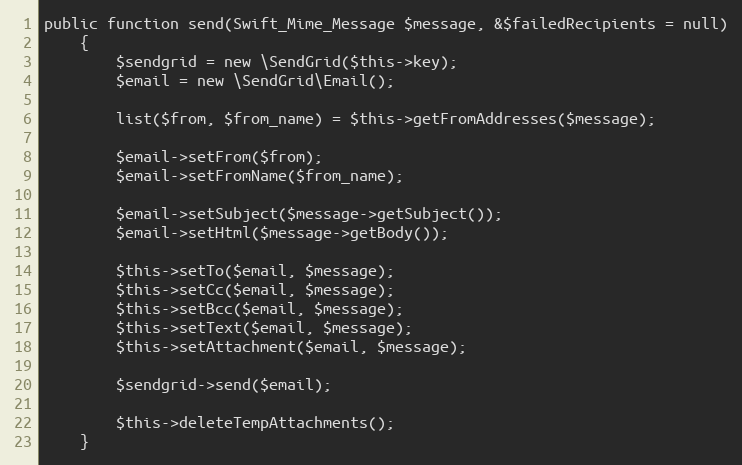
Language: PHP
public function send(Swift_Mime_Message $message, &$failedRecipients = null)
	{
		$sendgrid = new \SendGrid($this->key);
		$email = new \SendGrid\Email();

		list($from, $from_name) = $this->getFromAddresses($message);

		$email->setFrom($from);
		$email->setFromName($from_name);

		$email->setSubject($message->getSubject());
		$email->setHtml($message->getBody());

		$this->setTo($email, $message);
		$this->setCc($email, $message);
		$this->setBcc($email, $message);
		$this->setText($email, $message);
		$this->setAttachment($email, $message);

		$sendgrid->send($email);

		$this->deleteTempAttachments();
	}